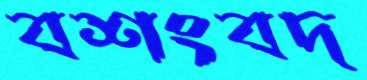
বশংবদ